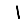
Digit: 1